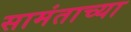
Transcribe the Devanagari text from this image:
सामंताच्या